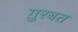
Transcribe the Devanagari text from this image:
ग़ुरबत